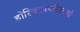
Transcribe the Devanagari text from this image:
होरिकलचरिस्टओ